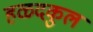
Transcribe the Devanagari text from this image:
हळदकुल